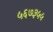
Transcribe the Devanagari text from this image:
५६७३५५